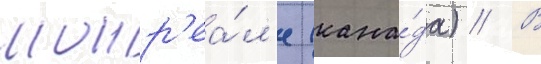
монр'еа́л'е (кана́да) // В